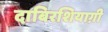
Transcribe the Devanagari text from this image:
दाबिरशियाग़ी